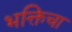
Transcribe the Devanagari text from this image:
भक्तिचा